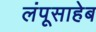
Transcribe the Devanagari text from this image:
लंपूसाहेब